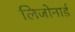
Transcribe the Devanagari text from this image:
लिजोनार्ड